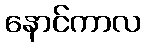
နောင်ကာလ